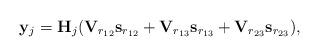
LaTeX: \begin{align*}{\bf y}_j={\bf H}_j({\bf V}_{r_{12}}{\bf s}_{r_{12}}+{\bf V}_{r_{13}}{\bf s}_{r_{13}}+{\bf V}_{r_{23}}{\bf s}_{r_{23}}),\end{align*}